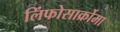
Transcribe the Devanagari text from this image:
लिंफोसार्क्रोमा